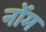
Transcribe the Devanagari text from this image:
नोंम